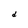
Character: d